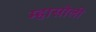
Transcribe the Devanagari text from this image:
म्हासोली